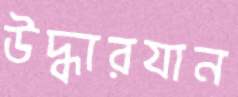
উদ্ধারযান